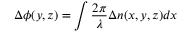
\Delta \phi ( y , z ) = \int \frac { 2 \pi } { \lambda } \Delta n ( x , y , z ) d x